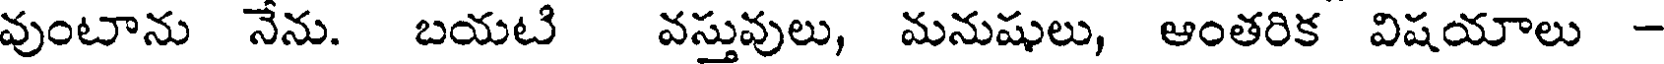
వుంటాను నేను. బయటి వస్తువులు, మనుషులు, ఆంతరిక విషయాలు -